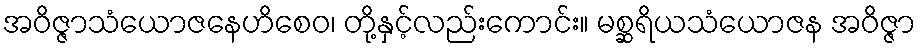
အဝိဇ္ဇာသံယောဇနေဟိစေဝ၊ တို့နှင့်လည်းကောင်း။ မစ္ဆရိယသံယောဇန အဝိဇ္ဇာ